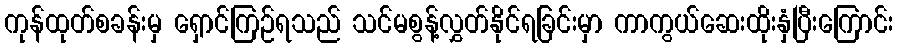
ကုန်ထုတ်စခန်းမှ ရှောင်ကြဉ်ရသည် သင်မစွန့်လွှတ်နိုင်ရခြင်းမှာ ကာကွယ်ဆေးထိုးနှံပြီးကြောင်း